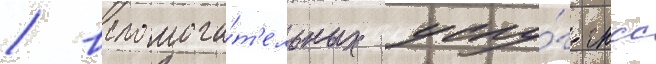
/ вспомога́т'ельных услу́г гнсс